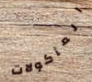
المأكولات